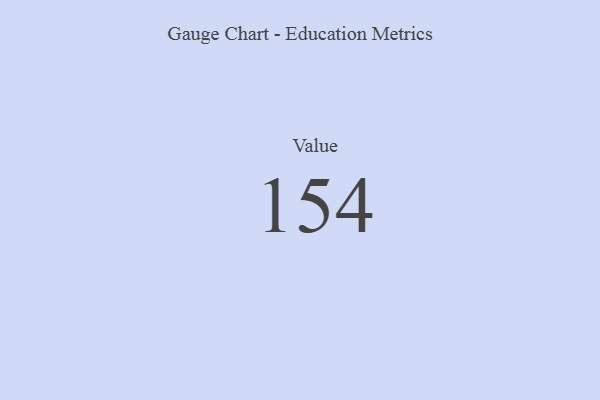
{"axis": {"x": "Metric", "y": "Value"}, "legend": [""], "data": [{"x": "Value", "y": 154, "type": ""}]}